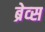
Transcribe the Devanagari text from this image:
ब्रेव्स